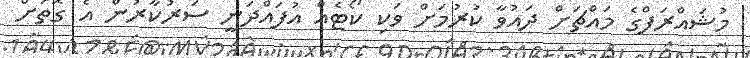
މުޝައްރަފްގެ މައްޗަށް ދައުވާ ކުރުމަށް ވަކި ކޯޓެއް އުފައްދަނީ ސަރުކާރުން އެ ގޮތަށް